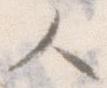
人